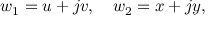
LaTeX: w _ { 1 } = u + j v , \quad w _ { 2 } = x + j y ,